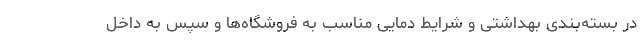
در بسته‌بندی بهداشتی و شرایط دمایی مناسب به فروشگاه‌ها و سپس به داخل